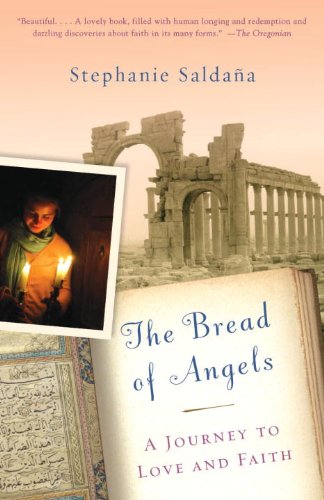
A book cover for The Bread of Angels: A Journey to Love and Faith; Stephanie Saldana; Travel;